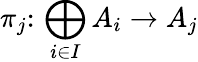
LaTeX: \pi_{j}\colon\, \bigoplus_{i\in I}A_{i}\to A_{j}